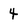
Character: 4